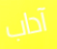
آداب